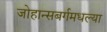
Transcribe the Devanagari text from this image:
जोहान्सबर्गमधल्या